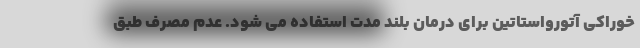
خوراکی آتورواستاتین برای درمان بلند مدت استفاده می شود. عدم مصرف طبق